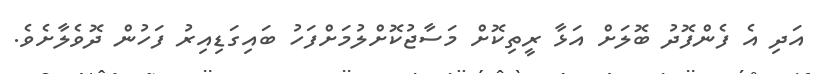
އަދި އެ ފެންފޮދު ބޮލަށް އަޅާ ރީތިކޮށް މަސާޖުކޮށްލުމަށްފަހު ބައިގަޑިއިރު ފަހުން ދޮވެލާށެވެ.